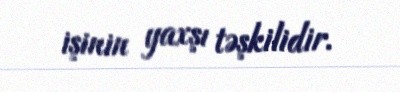
işinin yaxşı təşkilidir.